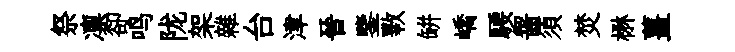
祭凛卻鸣陇架雜台津晉鑒斁缾嶠騕齧須焚楙薑